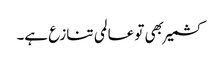
کشمیر بھی تو عالمی تنازع ہے۔